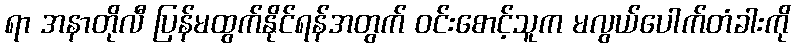
ရာ အနာတိုလီ ပြန်မထွက်နိုင်ရန်အတွက် ဝင်းစောင့်သူက မလွယ်ပေါက်တံခါးကို